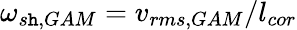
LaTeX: \omega_{s\mathtt{h},GAM}=v_{rms,GAM}/l_{cor}